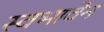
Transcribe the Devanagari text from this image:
स्वभावेन